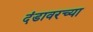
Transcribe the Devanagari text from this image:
दंडावरच्या